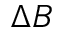
\Delta B